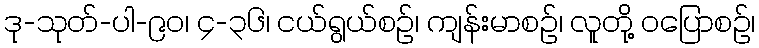
ဒု-သုတ်-ပါ-၉၀၊ ၄-၃၆၊ ငယ်ရွယ်စဉ်၊ ကျန်းမာစဉ်၊ လူတို့ ဝပြောစဉ်၊